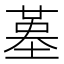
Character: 𡎸